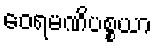
ဝေရမဏိပစ္စယာ